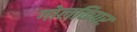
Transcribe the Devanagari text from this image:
गोलकिपर